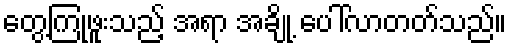
တွေ့ကြုံဖူးသည့် အရာ အချို့ ပေါ်လာတတ်သည်။